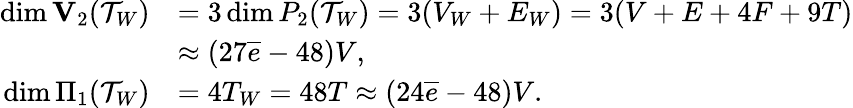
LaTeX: \begin{array}{rl}{\dim{\mathbf V}_{2}({\mathcal T}_{{W}})}&{=3\dim P_{2}({\mathcal T}_{{W}})=3(V_{W}+E_{W})=3(V+E+4F+9T)}\\ &{\approx(27\overline{{e}}-48)V,}\\ {\dim\Pi_{1}({\mathcal T}_{{W}})}&{=4T_{W}=48T\approx(24\overline{{e}}-48)V.}\end{array}